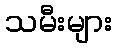
သမီးများ